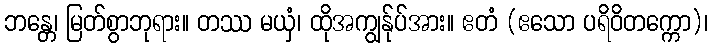
ဘန္တေ၊ မြတ်စွာဘုရား။ တဿ မယှံ၊ ထိုအကျွန်ုပ်အား။ ဧတံ (ဧသော ပရိဝိတက္ကော)၊